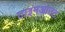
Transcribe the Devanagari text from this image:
टाइमआउट